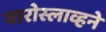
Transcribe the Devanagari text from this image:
यारोस्लाव्हने